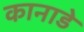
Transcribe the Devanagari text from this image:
कानाडे